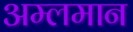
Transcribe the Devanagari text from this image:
अम्लमान